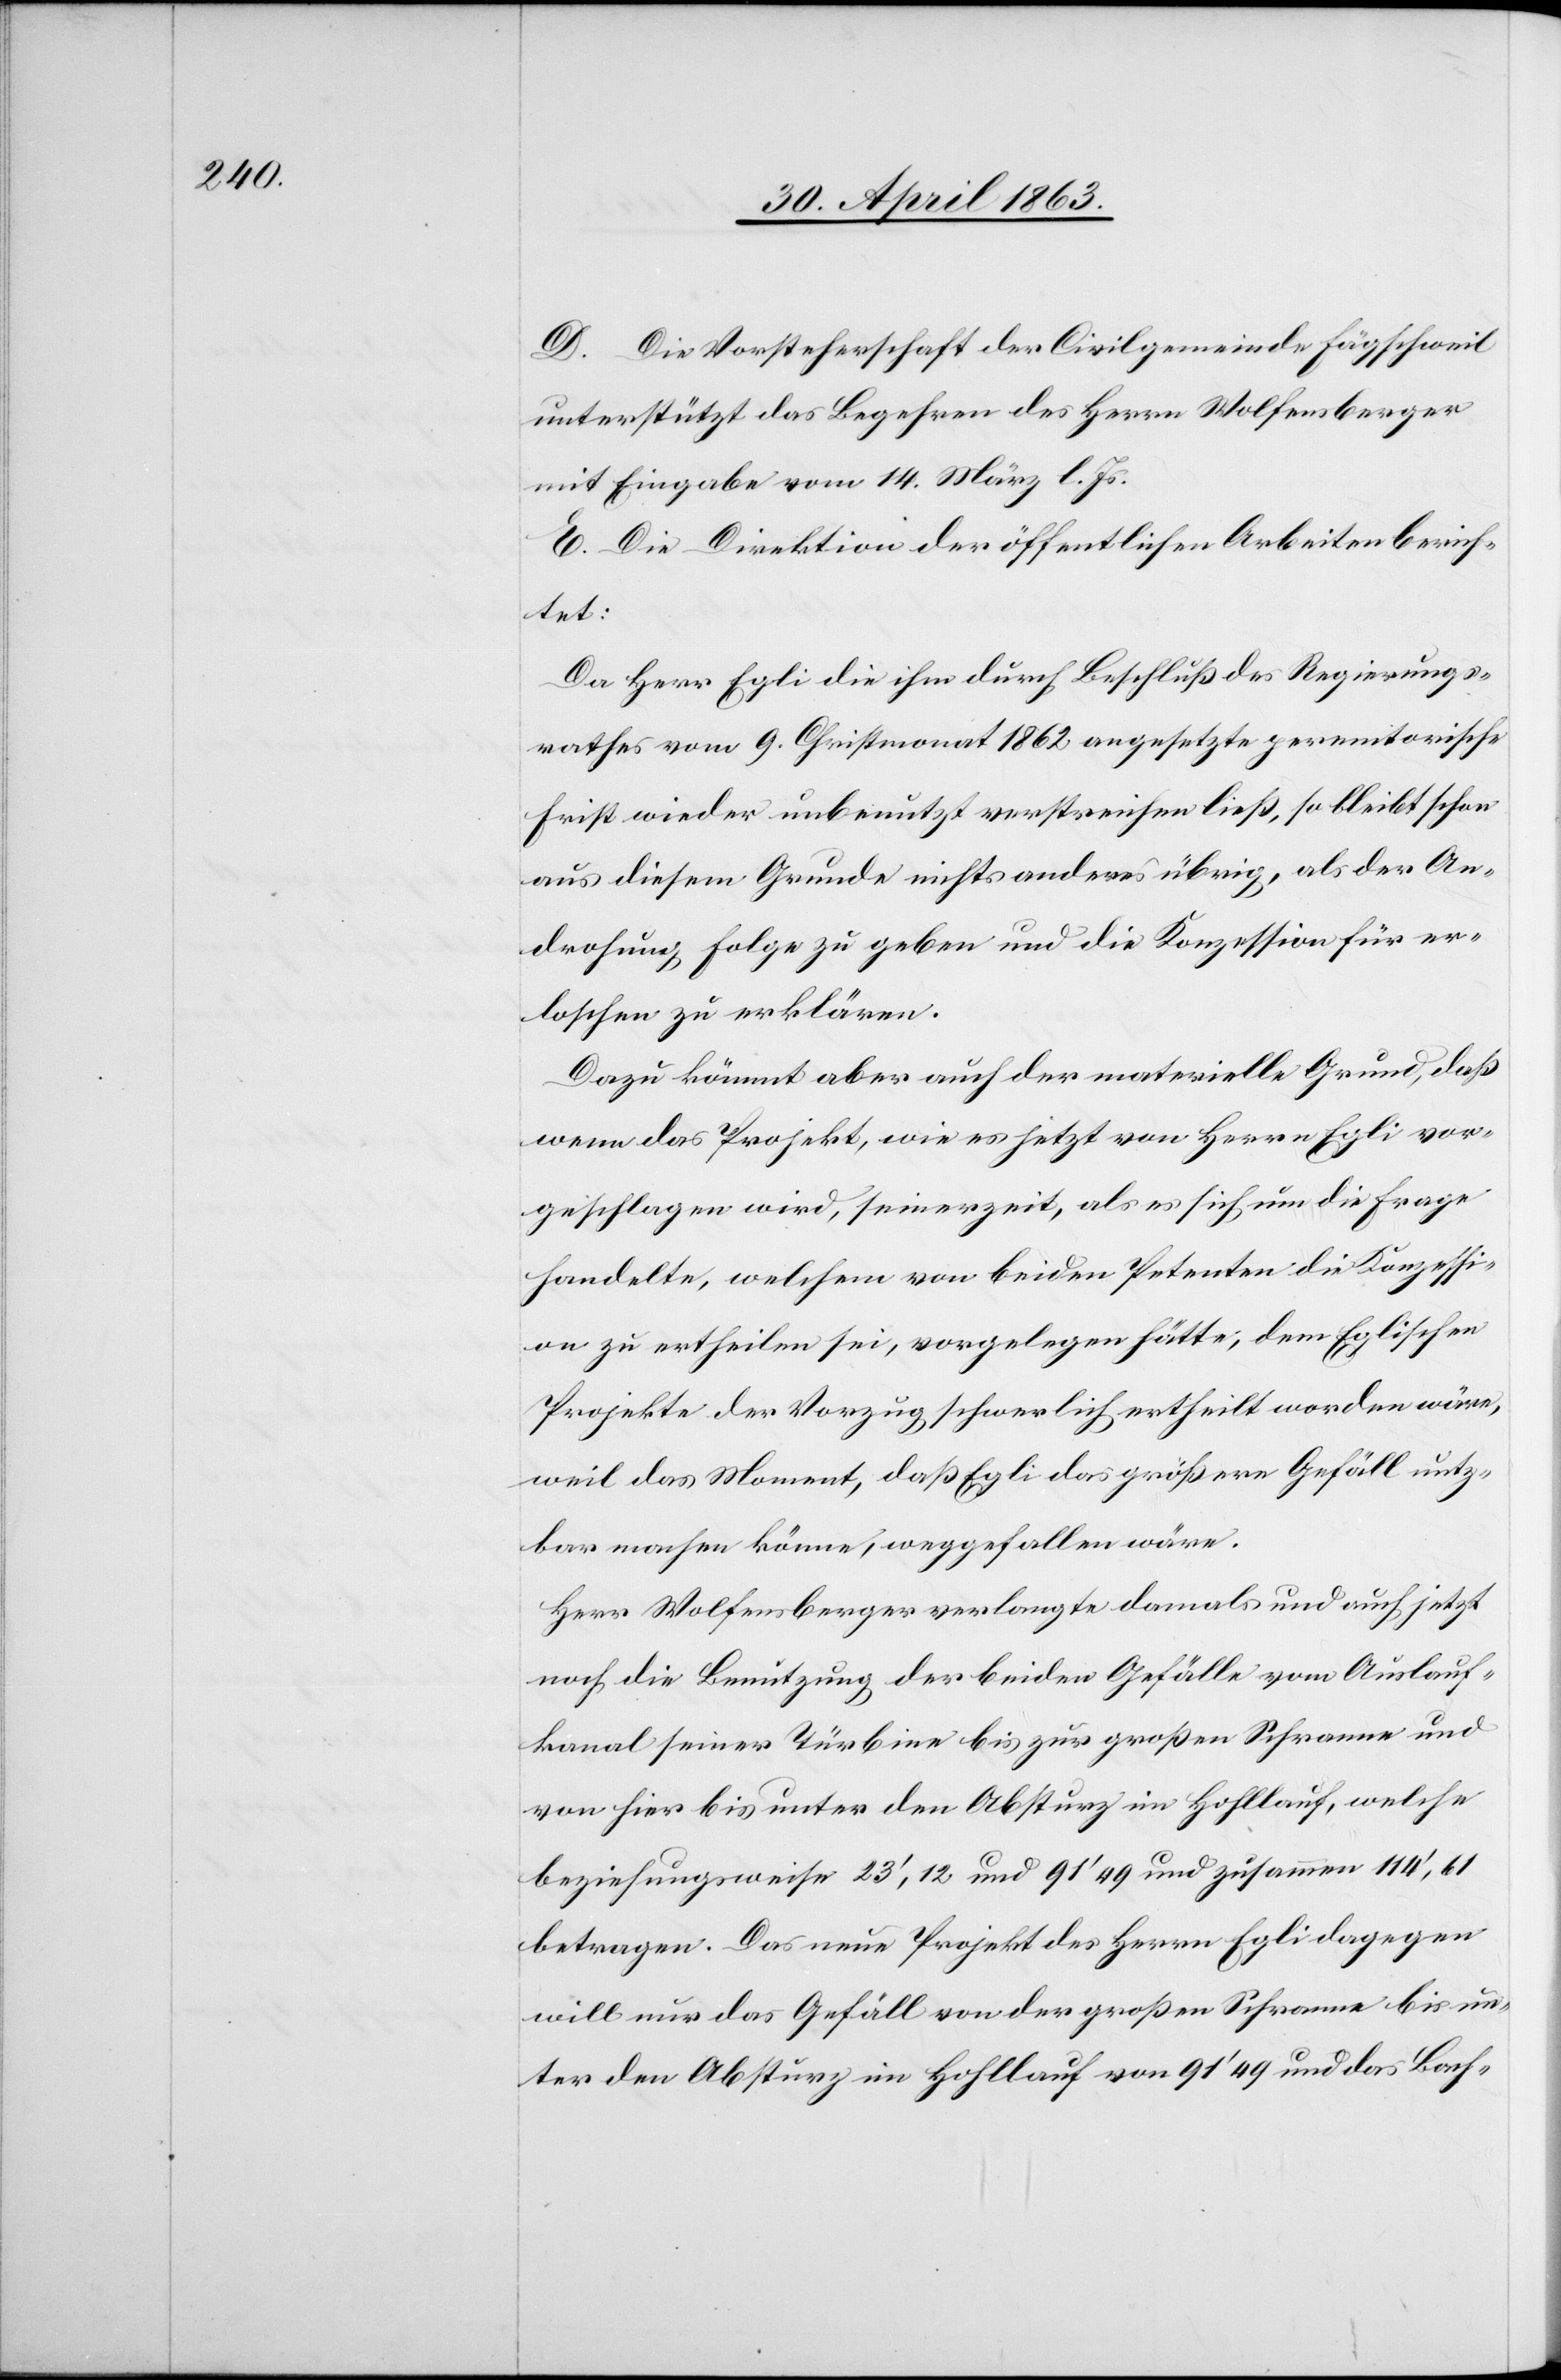
D. Die Vorsteherschaft der Civilgemeinde Fägschweil
unterstützt das Begehren des Herrn Wolfensberger
mit Eingabe vom 14. März l. Js.
E. Die Direktion der öffentlichen Arbeiten berich¬
tet:
Da Herr Egli die ihm durch Beschluß des Regierungs¬
rathes vom 9. Christmonat 1862 angesetzte peremtorische
Frist wieder unbenutzt verstreichen ließ, so bleibt schon
aus diesem Grund nichts anderes übrig, als der An¬
drohung Folge zu geben und die Konzession für er¬
loschen zu erklären.
Dazu kömmt aber auch der materielle Grund, daß
wenn das Projekt, wie es jetzt von Herrn Egli vor¬
geschlagen wird, seinerzeit, als es sich um die Frage
handelte, welchem von beiden Petenten die Konzessi¬
on zu ertheilen sei, vorgelegen hätte, dem Eglischen
Projekte der Vorzug schwerlich ertheilt worden wäre,
weil das Moment, daß Egli das größere Gefäll nutz¬
bar machen könne, weggefallen wäre.
Herr Wolfensberger verlangte damals und auch jetzt
noch die Benutzung der beiden Gefälle vom Auslauf¬
kanal seiner Türbine bis zur großen Schranne und
von hier bis unter den Absturz im Hohllauf, welche
beziehungsweise 23', 12 und 91' 49 und zusammen 114', 61
betragen. Das neue Projekt des Herrn Egli dagegen
will nur das Gefäll von der großen Schranne bis un¬
ter den Absturz im Hohllauf von 91' 49 und das Bach-